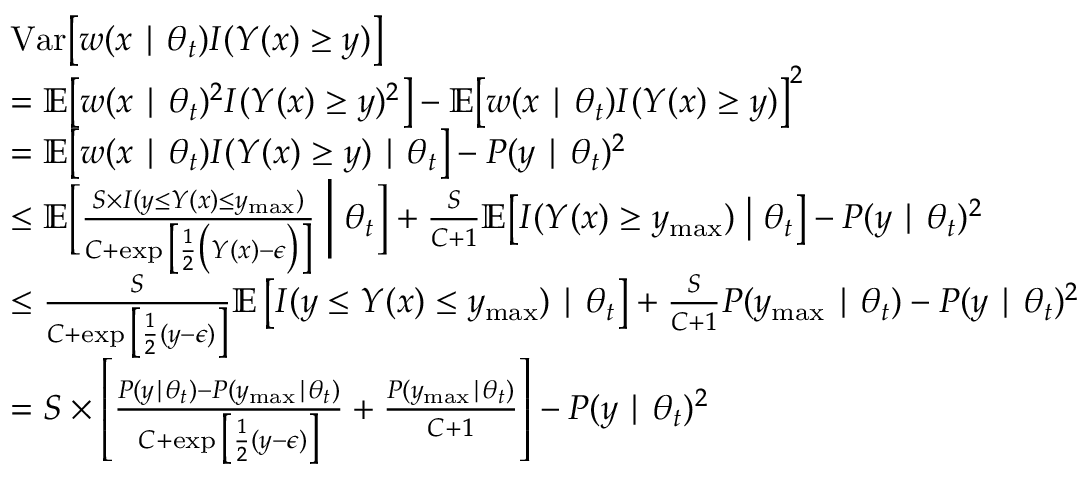
\begin{array} { r l } & { \mathrm { \mathop { V a r } } \big [ w ( x \mid \theta _ { t } ) I ( Y ( x ) \ge y ) \big ] } \\ & { = \mathbb { E } \big [ w ( x \mid \theta _ { t } ) ^ { 2 } I ( Y ( x ) \ge y ) ^ { 2 } \big ] - \mathbb { E } \big [ w ( x \mid \theta _ { t } ) I ( Y ( x ) \ge y ) \big ] ^ { 2 } } \\ & { = \mathbb { E } \big [ w ( x \mid \theta _ { t } ) I ( Y ( x ) \ge y ) \mid \theta _ { t } \big ] - P ( y \mid \theta _ { t } ) ^ { 2 } } \\ & { \le \mathbb { E } \biggl [ \frac { S \times I ( y \le Y ( x ) \le y _ { \mathrm { m a x } } ) } { C + \exp \big [ \frac { 1 } { 2 } \big ( Y ( x ) - \epsilon \big ) \big ] } \biggm | \theta _ { t } \biggr ] + \frac { S } { C + 1 } \mathbb { E } \bigl [ I ( Y ( x ) \ge y _ { \mathrm { m a x } } ) \bigm | \theta _ { t } \bigr ] - P ( y \mid \theta _ { t } ) ^ { 2 } } \\ & { \le \frac { S } { C + \exp \big [ \frac { 1 } { 2 } ( y - \epsilon ) \big ] } \mathbb { E } \left[ I ( y \le Y ( x ) \le y _ { \mathrm { m a x } } ) \mid \theta _ { t } \right] + \frac { S } { C + 1 } P ( y _ { \mathrm { m a x } } \mid \theta _ { t } ) - P ( y \mid \theta _ { t } ) ^ { 2 } } \\ & { = S \times \left[ \frac { P ( y \mid \theta _ { t } ) - P ( y _ { \mathrm { m a x } } \mid \theta _ { t } ) } { C + \exp \big [ \frac { 1 } { 2 } ( y - \epsilon ) \big ] } + \frac { P ( y _ { \mathrm { m a x } } \mid \theta _ { t } ) } { C + 1 } \right] - P ( y \mid \theta _ { t } ) ^ { 2 } } \end{array}